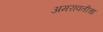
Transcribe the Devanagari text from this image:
अमरावतीचा